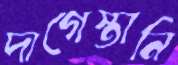
দাগেস্তানি